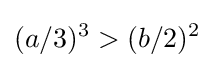
(a/3)^{3}>(b/2)^{2}